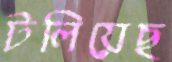
টলিয়েছ